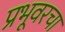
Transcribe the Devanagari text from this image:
प्रभूवरचा